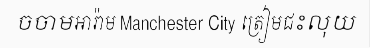
ចចាមអារ៉ាម Manchester City ត្រៀមជះលុយ